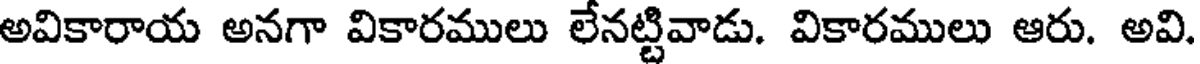
అవికారాయ అనగా వికారములు లేనట్టివాడు. వికారములు ఆరు. అవి.